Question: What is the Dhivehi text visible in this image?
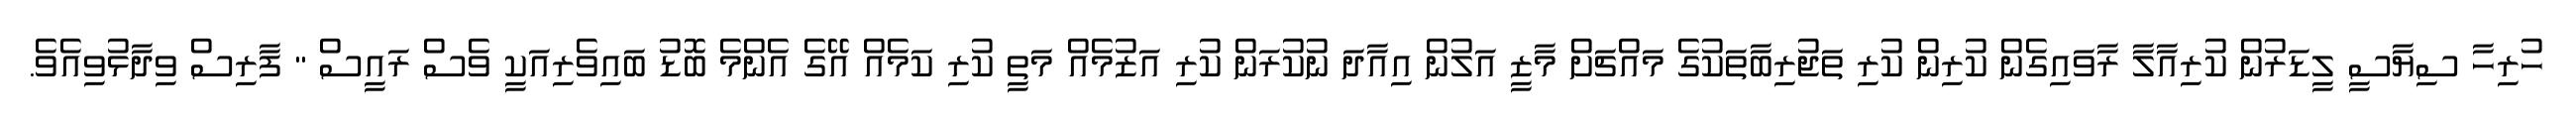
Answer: ހުރިހާ ސިޔާސީ ލީޑަރުން ކުރިއާލާ ރާވައިގެން ކުރިން ކުރި ތަޖުރިބާތަކުގެ މައްޗަށް މާޒީ އަލުން އިއާދަ ނުކުރަން ކުރި އަޒުމެއް މަތީ ކުރި ކަމެއް އޭގެ އެންމެ ބޮޑު ބައިވެރިއަކީ ވެސް ރައީސް " ފާރިސް ވިދާޅުވިއެވެ.